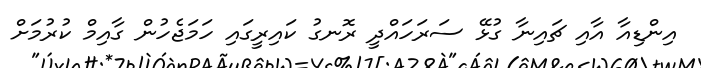
އިންޑިއާ އާއި ޗައިނާ ގުޅޭ ސަރަހައްދީ ރޮނގު ކައިރީގައި ހަމަޖެހުން ގާއިމް ކުރުމަށް